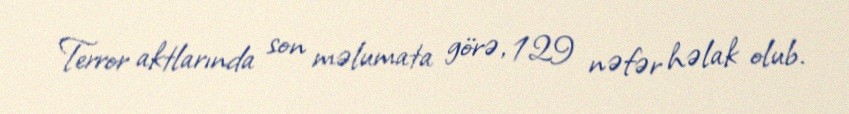
Terror aktlarında son məlumata görə, 129 nəfər həlak olub.